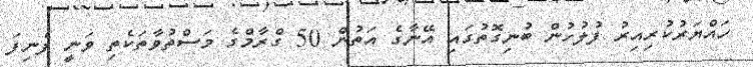
ހައްޔަރުކުރިއިރު ފުލުހުން ބުނިގޮތުގައި އޭނާގެ އަތުން 50 ގްރާމްގެ މަސްތުވާތަކެތި ވަނީ ފެނިފަ